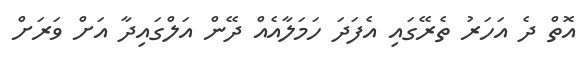
އޮތް ދެ އަހަރު ތެރޭގައި އެފަދަ ހަމަލާއެއް ދޭން އަލްގައިދާ އަށް ވަރަށް